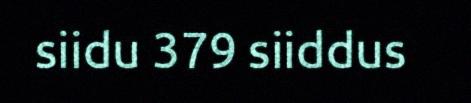
siidu 379 siiddus